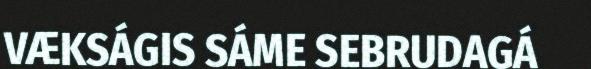
VÆKSÁGIS SÁME SEBRUDAGÁ